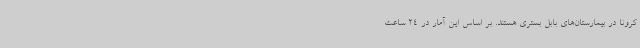
کرونا در بیمارستان‌های بابل بستری هستند. بر اساس این آمار در 24 ساعت